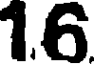
1.6